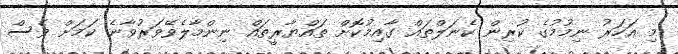
މި އަހަރު ނިމުމުގެ ކުރިން ކެނަލްތައް ގާއިމުކޮށް ތައްޔާރީތައް ނިންމާލެވޭވަރުވާނެ ކަމަށް ވެސް